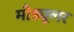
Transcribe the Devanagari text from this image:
मौड्यूलर